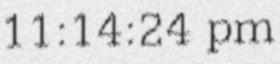
11:14:24 pm